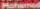
Mohamed